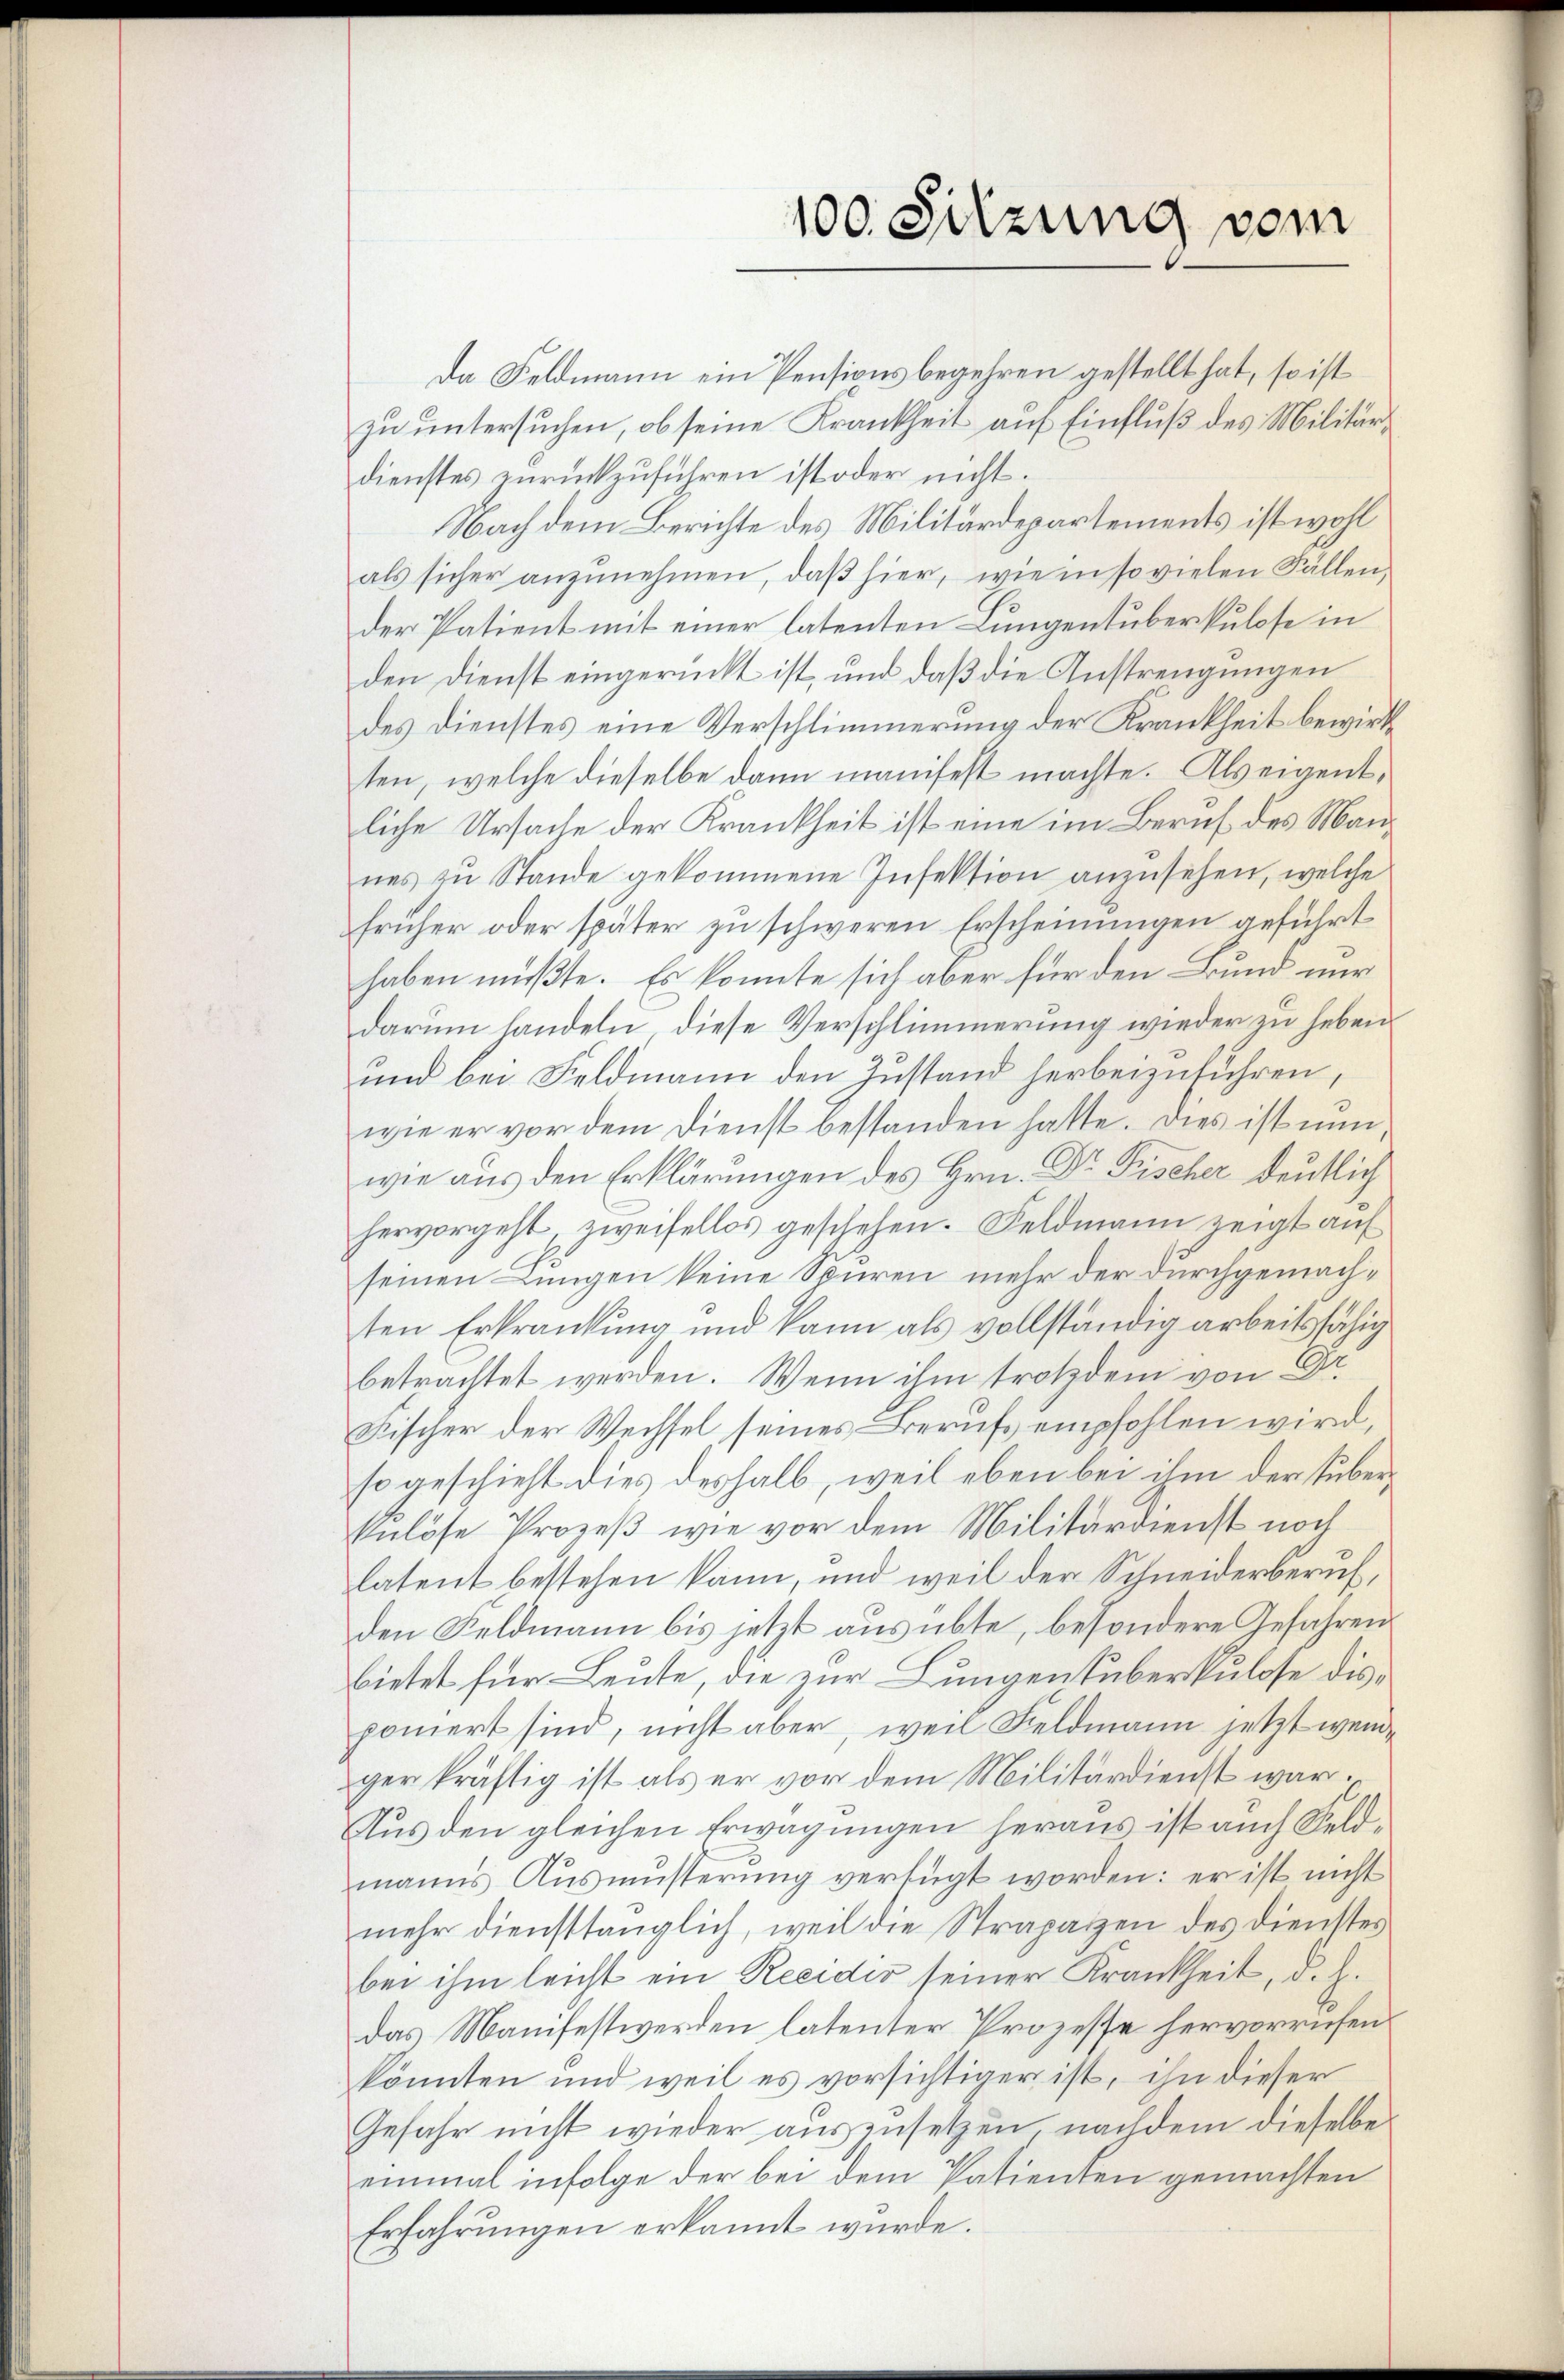
Da Feldmann ein Pensionsbegehren gestellt hat, so ist
zu untersuchen, ob seine Krankheit auf Einfluß des Militärdienstes zurückzuführen ist oder nicht.
Nach dem Berichte des Militärdepartements ist wohl
als sicher anzŭnehmen, daβ hier, wie in so vielen Fällen
der Patient mit einer latenten Lungentuberkulose in
den Dienst eingerückt ist, und daß die Anstrengungen
des Dienstes eine Verschlimmerung der Krankheit bewirk
ten, welche dieselbe dann manifest machte. Als eigentliche Ursache der Krankheit ist eine im Beruf des Mannes zŭ Stande gekommene Insektion anzusehen, welche
früher oder später zu schweren Erscheinungen geführt
haben müßte. Es konnte sich aber für den Bund nur
darum handeln, diese Verschlimmerung wieder zu heben.
und bei Feldmann den Zustand herbeizuführen,
wie er vor dem Dienst bestanden hatte. Dies ist nun
wie aus den Erklärungen des Hrn. Dr Fischer deutlich
hervorgeht zweifellos geschehen. Feldmann zeigt auf
seinen Lungen keine Spuren mehr der durchgemachten Erkrankung und kann als vollständig arbeitsfähig
betrachtet werden. Wenn ihm trotzdem von Dr.
Fischer der Wechsel seines Berufs empfohlen wird,
so geschieht dies deshalb, weil eben bei ihm der überkulöse Prozeß wie vor dem Militärdienst noch
latent bestehen kann, und weil der Schneiderberuf,
den Feldmann bis jetzt ausübte, besondere Gefahren
bietet für Leute, die zur Lungentuberkulose disponiert sind, nicht aber, weil Feldmann jetzt wende
ger kräftig ist als er vor dem Militärdienst war.
Aus den gleichen Erwägungen heraus ist auch Feldmanns Ausmüsterung verfügt worden: er ist nicht
mehr diensttauglich, weil die Strapazen des Dienstes
bei ihm leicht ein Recidio seiner Krankheit, d. h.
das Manifestwerden latenter Prozesse hervorriefen.
könnten und weil es vorsichtiger ist, ihn dieser
Gefahr nicht wieder auszusetzen nachdem dieselbe
einmal infolge der bei dem Patienten gemachten
Erfahrungen erkannt wurde.

100. Sitzung vom